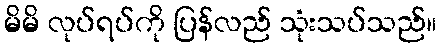
မိမိ လုပ်ရပ်ကို ပြန်လည် သုံးသပ်သည်။